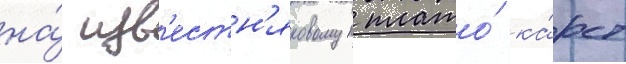
на́ изв'естн'яковом плато́ ка́рст